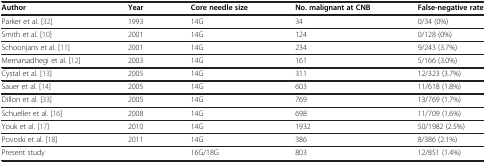
<table><thead><tr><td><b>Author</b></td><td><b>Year</b></td><td><b>Core needle size</b></td><td><b>No. malignant at CNB</b></td><td><b>False-negative rate</b></td></tr></thead><tbody><tr><td>Parker et al. [32]</td><td>1993</td><td>14G</td><td>34</td><td>0/34 (0%)</td></tr><tr><td>Smith et al. [10]</td><td>2001</td><td>14G</td><td>124</td><td>0/128 (0%)</td></tr><tr><td>Schoonjans et al. [11]</td><td>2001</td><td>14G</td><td>234</td><td>9/243 (3.7%)</td></tr><tr><td>Memarsadhegi et al. [12]</td><td>2003</td><td>14G</td><td>161</td><td>5/166 (3.0%)</td></tr><tr><td>Cystal et al. [13]</td><td>2005</td><td>14G</td><td>311</td><td>12/323 (3.7%)</td></tr><tr><td>Sauer et al. [14]</td><td>2005</td><td>14G</td><td>603</td><td>11/618 (1.8%)</td></tr><tr><td>Dillon et al. [33]</td><td>2005</td><td>14G</td><td>769</td><td>13/769 (1.7%)</td></tr><tr><td>Schueller et al. [16]</td><td>2008</td><td>14G</td><td>698</td><td>11/709 (1.6%)</td></tr><tr><td>Youk et al. [17]</td><td>2010</td><td>14G</td><td>1932</td><td>50/1982 (2.5%)</td></tr><tr><td>Povoski et al. [18]</td><td>2011</td><td>14G</td><td>386</td><td>8/386 (2.1%)</td></tr><tr><td>Present study</td><td> </td><td>16G/18G</td><td>803</td><td>12/851 (1.4%)</td></tr></tbody></table>